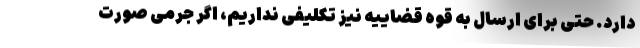
دارد. حتی برای ارسال به قوه قضاییه نیز تکلیفی نداریم، اگر جرمی صورت